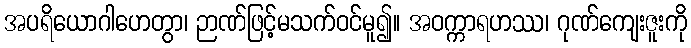
အပရိယောဂါဟေတွာ၊ ဉာဏ်ဖြင့်မသက်ဝင်မူ၍။ အဝက္ကာရဟဿ၊ ဂုဏ်ကျေးဇူးကို